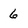
Character: 6